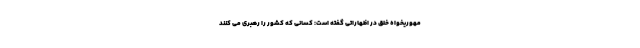
مهوریخواه خلق در اظهاراتی گفته است: کسانی که کشور را رهبری می کنند